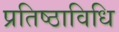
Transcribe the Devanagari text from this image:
प्रतिष्ठाविधि